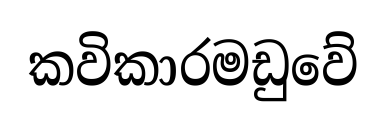
කවිකාරමඩුවේ